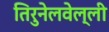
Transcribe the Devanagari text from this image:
तिरुनेलवेल्ली